Scottish Certificate of Education, 1962
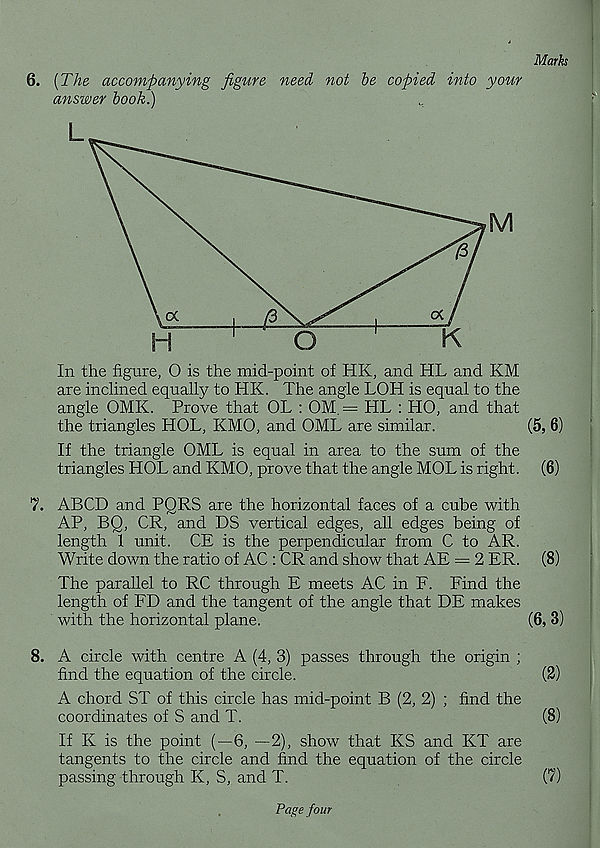
Marks
6. [The accompanying figure need not be copied into your
answer book.)
L
M
In the figure, O is the mid-point of HK, and HL and KM
are inclined equally to HK. The angle LOH is equal to the
angle OMK. Prove that OL : OM. = HL : HO, and that
the triangles HOL, KMO, and OML are similar.
(5, 6)
If the triangle OML is equal in area to the sum of the
triangles HOL and KMO, prove that the angle MOL is right. (6)
7. ABCD and PQRS are the horizontal faces of a cube with
AP, BQ, CR, and DS vertical edges, all edges being of
length 1 unit. CE is the perpendicular from C to AR.
Write down the ratio of AC : CR and show that AE = 2 ER. (8)
The parallel to RC through E meets AC in F. Find the
length of ED and the tangent of the angle that DE makes
with the horizontal plane.
(6, 3)
8. A circle with centre A (4, 3) passes through the origin ;
find the equation of the circle.
(2)
A chord ST of this circle has mid-point B (2, 2) ; find the
coordinates of S and T.
(8)
If K is the point (—6, —2), show that KS and KT are
tangents to the circle and find the equation of the circle
passing through K, S, and T.
(7)
Pape four